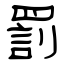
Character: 罰